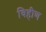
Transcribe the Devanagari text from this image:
विहीण